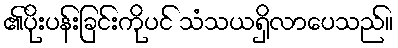
၏ပိုးပန်းခြင်းကိုပင် သံသယရှိလာပေသည်။